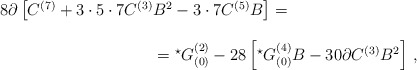
\begin{align*}\begin{array}{rcl}8 \partial \left[C^{(7)}+3\cdot 5\cdot 7 C^{(3)}B^{2} -3\cdot 7 C^{(5)}B \right] =\hspace{-4cm}& & \\& & \\& & = {}^{\star}G^{(2)}_{(0)} -28\left[{}^{\star}G^{(4)}_{(0)}B -30\partial C^{(3)} B^{2}\right]\, ,\end{array}\end{align*}